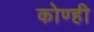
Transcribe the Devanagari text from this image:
कोण्ही